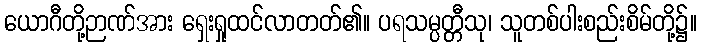
ယောဂီတို့ဉာဏ်အား ရှေးရှုထင်လာတတ်၏။ ပရသမ္ပတ္တီသု၊ သူတစ်ပါးစည်းစိမ်တို့၌။